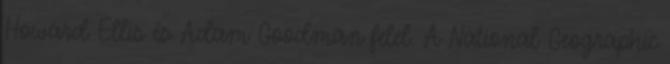
Howard Ellis és Adam Goodman felel. A National Geographic